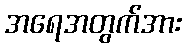
အရေအတွက်အား